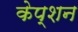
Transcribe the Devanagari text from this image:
केप्‍शन